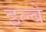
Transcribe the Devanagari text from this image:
इल्बे